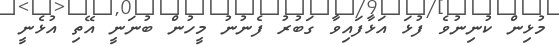
މުޅިން ކުނިނުވެ ފުޅަ އަޅާފައިވާ ގަބުރު ފެނުނު މީހުން ބުނަނީ އޭތި އުޅެނީ